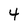
Character: 4